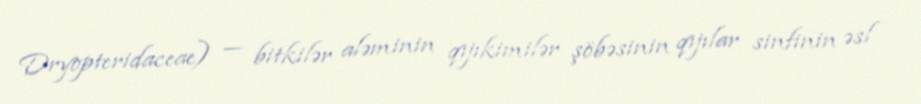
Dryopteridaceae) — bitkilər aləminin qıjıkimilər şöbəsinin qıjılar sinfinin əsl